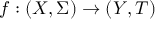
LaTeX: f : ( X , \Sigma ) \to ( Y , T )